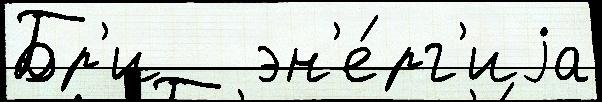
Бр'и   эн'е́рг'иjа